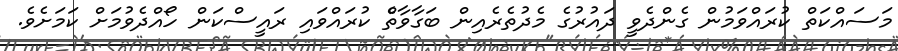
މަސައްކަތް ކުރައްވަމުން ގެންދެވީ ދައުރުގެ މެދުތެރެއިން ބަގާވާތެް ކުރައްވައި ރައީސްކަން ހޯއްދެވުމަށް ކަމަށެވެ.